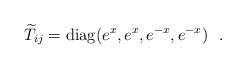
LaTeX: \begin{align*}{\widetilde T}_{ij} = {\rm diag}(e^x , e^x , e^{-x} , e^{-x} )~~.\end{align*}